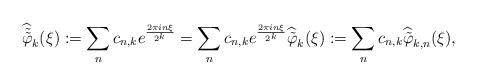
LaTeX: \begin{align*}\widehat{\tilde{\tilde{ \varphi}}}_k(\xi):=\sum_{n} c_{n,k} e^{\frac{2 \pi i n \xi}{2^k}}=\sum_{n} c_{n,k} e^{\frac{2 \pi i n \xi}{2^k}} \widehat{\tilde \varphi}_k(\xi):=\sum_{n} c_{n,k} \widehat{\tilde \varphi}_{k, n}(\xi),\end{align*}